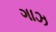
ગાઝ